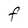
Character: F